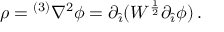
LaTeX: \rho = { } ^ { ( 3 ) } \nabla ^ { 2 } \phi = \partial _ { \hat { \imath } } ( W ^ { \frac { 1 } { 2 } } \partial _ { \hat { \imath } } \phi ) \, .